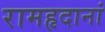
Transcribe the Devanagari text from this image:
रामहृदानां